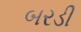
બરડી